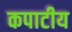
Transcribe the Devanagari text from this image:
कपाटीय